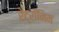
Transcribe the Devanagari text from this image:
रेट्रॉनिम